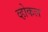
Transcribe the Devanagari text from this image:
व्होकल